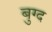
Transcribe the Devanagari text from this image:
बुग्द